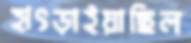
হাৎড়াইয়াছিল